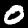
Label: 0